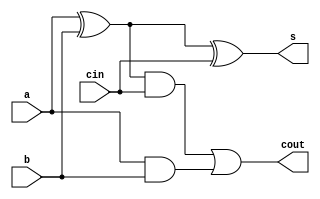
module PS1_ZAD13(
	input a,b,cin,
	output s,cout);
	wire x,y,z;
	
	xor (x,a,b);
	xor (s,x,cin);
	and (y,x,cin);
	and (z,a,b);
	or (cout,y,z);
endmodule